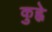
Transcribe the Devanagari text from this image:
कुह्ने